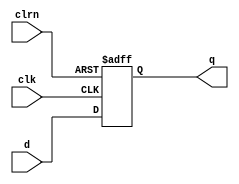
`timescale 1ns / 1ps
//////////////////////////////////////////////////////////////////////////////////
// Company:
// Engineer:
//
// Design Name:
// Module Name:    dff
// Project Name:
// Target Devices:
// Tool versions:
// Description:
//
// Dependencies:
//
// Revision:
// Revision 0.01 - File Created
// Additional Comments:
//
//////////////////////////////////////////////////////////////////////////////////
module dff(d,clk,clrn,q
          );
input d;
input clk,clrn;
output q;
reg q;
always @ (negedge clrn or posedge clk)
    if(clrn==0) begin
        q<=0;
    end
    else begin
        q<=d;
    end
endmodule